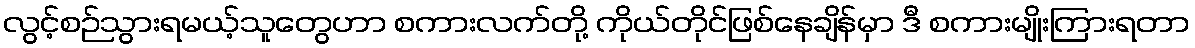
လွင့်စဉ်သွားရမယ့်သူတွေဟာ စကားလက်တို့ ကိုယ်တိုင်ဖြစ်နေချိန်မှာ ဒီ စကားမျိုးကြားရတာ